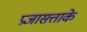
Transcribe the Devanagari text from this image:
प्रजासत्ताके